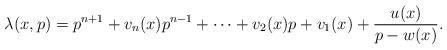
LaTeX: \begin{align*}\lambda(x, p) = p^{n+1} + v_n(x) p^{n-1} + \cdots + v_2(x) p + v_1(x) + \frac{u(x)}{p-w(x)}.\end{align*}